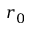
r _ { 0 }